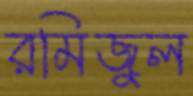
রমিজুল